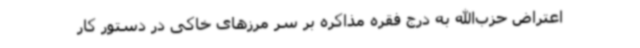
اعتراض حزب‌الله به درج فقره مذاکره بر سر مرزهای خاکی در دستور کار